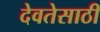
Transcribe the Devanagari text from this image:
देवतेसाठी